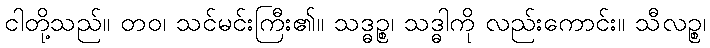
ငါတို့သည်။ တဝ၊ သင်မင်းကြီး၏။ သဒ္ဓဉ္စ၊ သဒ္ဓါကို လည်းကောင်း။ သီလဉ္စ၊